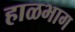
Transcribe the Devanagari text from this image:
हाळभाग